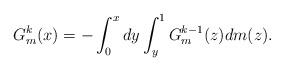
LaTeX: \begin{align*}G^k_m(x) = -\int_{0}^{x}dy\int_{y}^{1}G^{k-1}_m(z)dm(z). \end{align*}